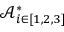
\mathcal { A } _ { i \in [ 1 , 2 , 3 ] } ^ { * }